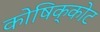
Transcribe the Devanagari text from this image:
कोषिक्कोट